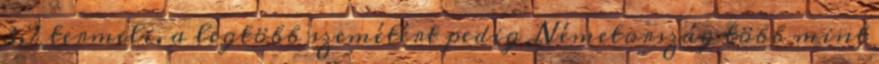
3,7 termeli, a legtöbb szemétért pedig Németország több mint